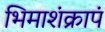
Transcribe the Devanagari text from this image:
भिमाशंक्रापं